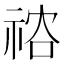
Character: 𥙻